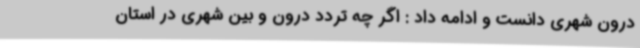
درون شهری دانست و ادامه داد : اگر چه تردد درون و بین شهری در استان